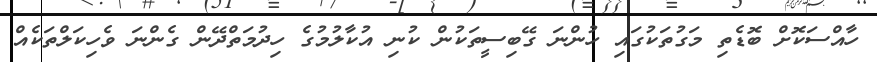
ހާއްސަކޮށް ބޮޑެތި މަގުތަކުގައި ހުންނަ ގޭބިސީތަކުން ކުނި އުކާލުމުގެ ހިދުމަތްދޭން ގެންނަ ވެހިކަލްތަކެއް